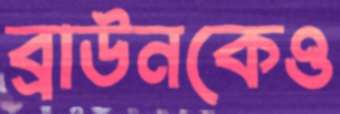
ব্রাউনকেও